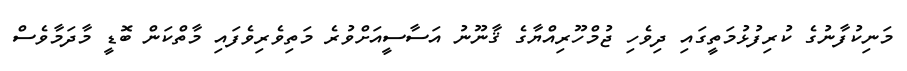
މަނިކުފާނުގެ ކުރިފުޅުމަތީގައި ދިވެހި ޖުމްހޫރިއްޔާގެ ޤާނޫނު އަސާސީއަށްވުރެ މަތިވެރިވެފައި މާތްކަން ބޮޑީ މާދަމާވެސް